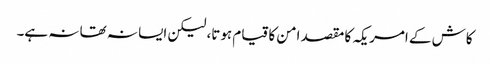
کاش کے امریکہ کا مقصد امن کا قیام ہوتا، لیکن ایسا نہ تھا نہ ہے۔